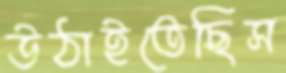
উঠাইতেছিস